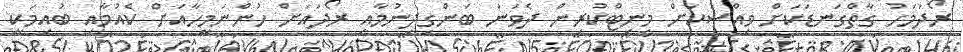
ރޯދަމަހު ގާތްގަނޑަކަށް ވިއްސަކަށް މިނިޓްކުރިން ދެވަނަ ބަންގިދިނުމާއި ރޯދައަށް ހުންނަމީހާއަށް ކެއުމާއި ބުއިމަކީ